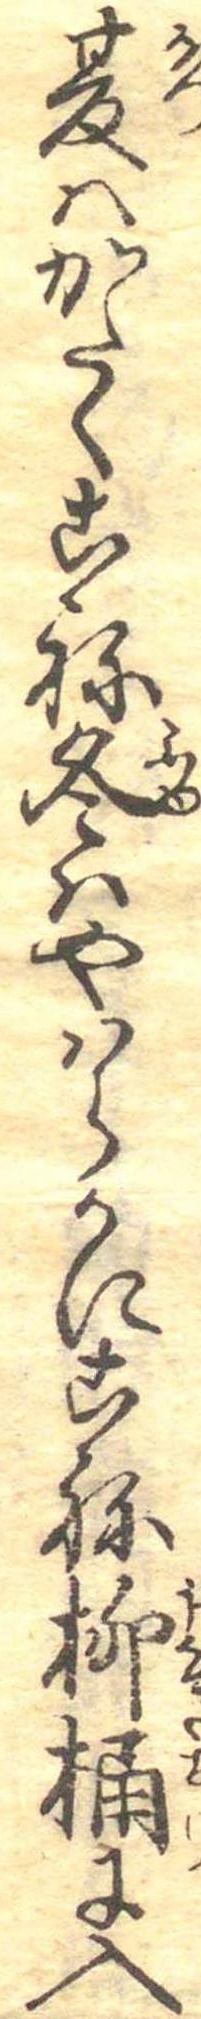
夏はかたくこね冬はやはらかにこね柳桶に入